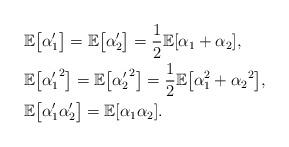
LaTeX: \begin{align*}&\mathbb{E}\bigl[\alpha'_1\bigr] =\mathbb{E}\bigl[\alpha'_2\bigr]=\frac{1}{2}\mathbb {E}[\alpha_1+\alpha_2],\\&\mathbb{E}\bigl[{\alpha'_1}^2\bigr] =\mathbb{E}\bigl[{\alpha'_2} ^2\bigr]=\frac{1}{2}\mathbb{E}\bigl[\alpha_1^2+{\alpha_2}^2\bigr],\\&\mathbb{E}\bigl[\alpha'_1\alpha'_2\bigr]=\mathbb{E}[\alpha_1\alpha_2].\end{align*}